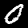
Digit: 0